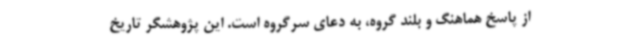
از پاسخ هماهنگ و بلند گروه، به دعای سرگروه است. این پژوهشگر تاریخ